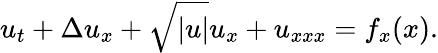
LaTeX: u_{t}+\Delta u_{x}+\sqrt{|u|}u_{x}+u_{xxx}=f_{x}(x).